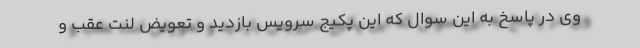
وی در پاسخ به این سوال که این پکیج سرویس بازدید و تعویض لنت عقب و